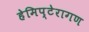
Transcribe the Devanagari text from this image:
हेमिप्टेरागण